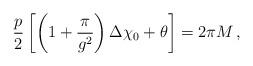
LaTeX: \begin{align*}{p\over 2}\left[\left(1+{\pi\over g^{2}}\right)\Delta\chi_{0} +\theta \right] = 2\pi M \,,\end{align*}